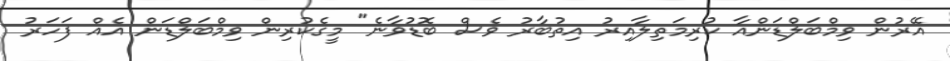
އޭރުން ވިމްބަލްޑަންއާ ކުރިމަތިލާއިރު އިތުބާރު ވެސް ބޮޑުވާނެ" މީގެކުރިން ވިމްބަލްޑަން އެއް ފަހަރު